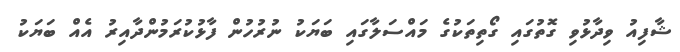
ޝާފިއު ވިދާޅުވި ގޮތުގައި ގޯތިތަކުގެ މައްސަލާގައި ބަޔަކު ނުރުހުން ފާޅުކުރަމުންދާއިރު އެއް ބަޔަކު